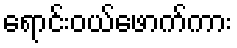
ရောင်းဝယ်ဖောက်ကား